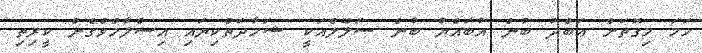
ހަމަ މިގޮތަށް ޢަބްދު ބުން އުބައްޔު ބުން ސަލޫލްއަކީ ޝަހާދަތްކިޔައި އިސްލާމްވެގެން ކީރިތި